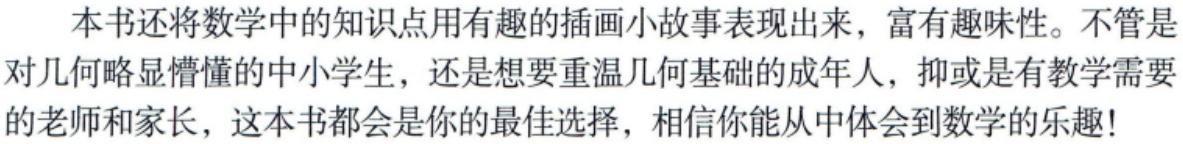
本书还将数学中的知识点用有趣的插画小故事表现出来，富有趣味性。不管是对几何略显懵懂的中小学生，还是想要重温几何基础的成年人，抑或是有教学需要的老师和家长，这本书都会是你的最佳选择，相信你能从中体会到数学的乐趣！